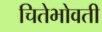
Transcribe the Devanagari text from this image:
चितेभोवती